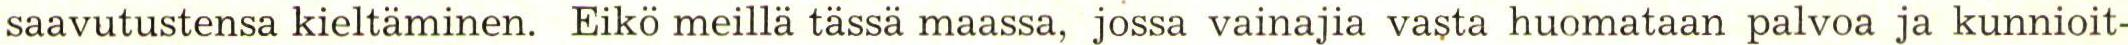
saavutustensa kieltäminen. Eikö meillä tässä maassa, jossa vainajia vasta huomataan palvoa ja kunnioit-